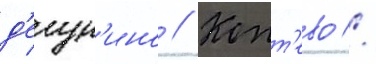
д'егун'ино // Копт'ево //